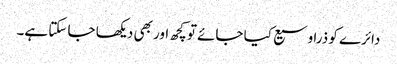
دائرے کو ذرا وسیع کیا جائے تو کچھ اور بھی دیکھا جا سکتا ہے۔